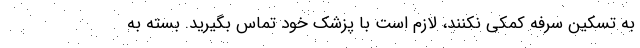
به تسکین سرفه کمکی نکنند، لازم است با پزشک خود تماس بگیرید. بسته به